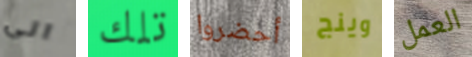
الى تلك أحضروا وينج العمل